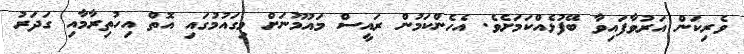
ވެރިކަން އަރުވާފައިވާ ބޭފުޅެއްކަމަށެވެ. އެހެންކަމުން ރައީސް މައުމޫނަށް މިގައުމުގައި އޮތް އިހުތިރާމާއި ގަދަރު